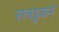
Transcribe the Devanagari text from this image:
रानडुकरें